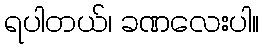
ရပါတယ်၊ ခဏလေးပါ။